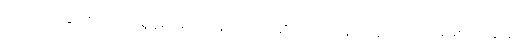
ကာမဂုဏ်နှင့် စပ်သောရုန့်ရင်းသောစကားကိုဆိုသည်။ နော ပန သိယာ၊ မဖြစ်ရာ။ သော